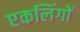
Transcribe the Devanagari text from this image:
एकलिंगों